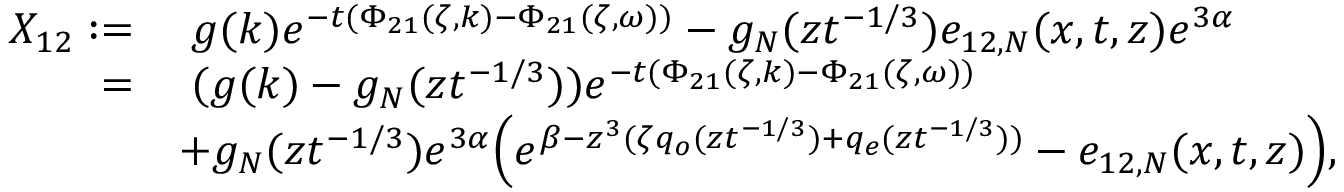
\begin{array} { r l } { X _ { 1 2 } : = } & { \; g ( k ) e ^ { - t ( \Phi _ { 2 1 } ( \zeta , k ) - \Phi _ { 2 1 } ( \zeta , \omega ) ) } - g _ { N } ( z t ^ { - 1 / 3 } ) e _ { 1 2 , N } ( x , t , z ) e ^ { 3 \alpha } } \\ { = } & { \; ( g ( k ) - g _ { N } ( z t ^ { - 1 / 3 } ) ) e ^ { - t ( \Phi _ { 2 1 } ( \zeta , k ) - \Phi _ { 2 1 } ( \zeta , \omega ) ) } } \\ & { + g _ { N } ( z t ^ { - 1 / 3 } ) e ^ { 3 \alpha } \Big ( e ^ { \beta - z ^ { 3 } ( \zeta q _ { o } ( z t ^ { - 1 / 3 } ) + q _ { e } ( z t ^ { - 1 / 3 } ) ) } - e _ { 1 2 , N } ( x , t , z ) \Big ) , } \end{array}